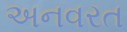
અનવરત